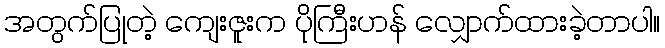
အတွက်ပြုတဲ့ ကျေးဇူးက ပိုကြီးဟန် လျှောက်ထားခဲ့တာပါ။